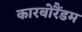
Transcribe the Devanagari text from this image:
कारबोरैंडम